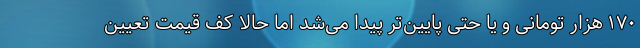
۱۷۰ هزار تومانی و یا حتی پایین‌تر پیدا می‌شد اما حالا کف قیمت تعیین